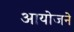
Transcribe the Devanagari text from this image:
आयोजने